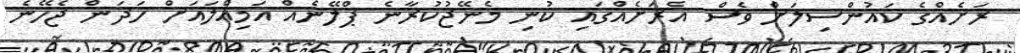
ރަށެއްގެ ކައުންސިލަށް ވެސް އެރަށެއްގައި ކުނި މެނޭޖުކުރާނެ ޕްލޭނެއް އަމިއްލައަށް ހަދަން ޖެހޭނެ